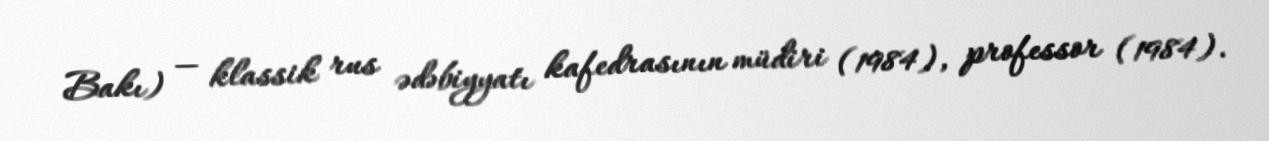
Bakı) — klassik rus ədəbiyyatı kafedrasının müdiri (1984), professor (1984).